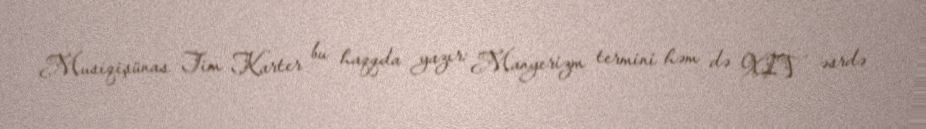
Musiqişünas Tim Karter bu haqqda yazır: Manyerizm termini həm də XIV əsrdə